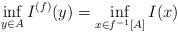
LaTeX: \begin{align*} \inf_{y \in A} I^{(f)}(y) = \inf_{x \in f^{-1}[A]} I(x)\end{align*}